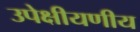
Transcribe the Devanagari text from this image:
उपेक्षीयणीय